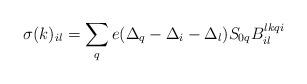
LaTeX: \begin{align*}\sigma(k)_{il} = \sum_q e ( \Delta_q - \Delta_i - \Delta_l )S_{0q} B_{il}^{lkqi}\end{align*}